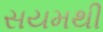
સયમથી